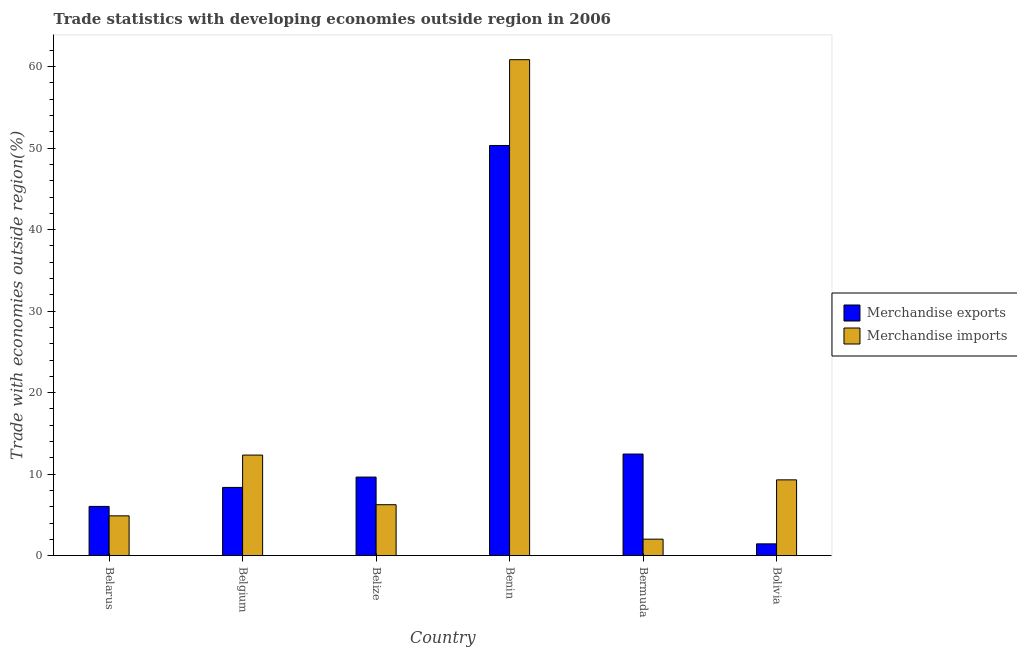
| Country | Merchandise exports | Merchandise imports |
 | --- | --- | --- |
 | Belarus | 6.04 | 4.88 |
 | Belgium | 8.37 | 12.3 |
 | Belize | 9.64 | 6.25 |
 | Benin | 50.3 | 60.9 |
 | Bermuda | 12.5 | 2.02 |
 | Bolivia | 1.45 | 9.3 |